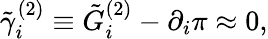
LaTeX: \tilde{\gamma}_{i}^{(2)}\equiv\tilde{G}_{i}^{(2)}-\partial_{i}\pi\approx 0,